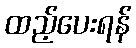
ထည့်ပေးရန်